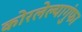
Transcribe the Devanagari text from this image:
कोरलेल्यागुंफा